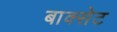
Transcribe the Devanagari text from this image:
बाक्सेट